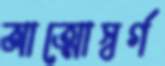
আত্মোস্বর্গ